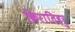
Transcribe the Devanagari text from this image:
किरातिहरु